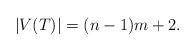
LaTeX: \begin{align*}|V(T)| = (n-1)m + 2. \end{align*}